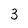
Character: 3